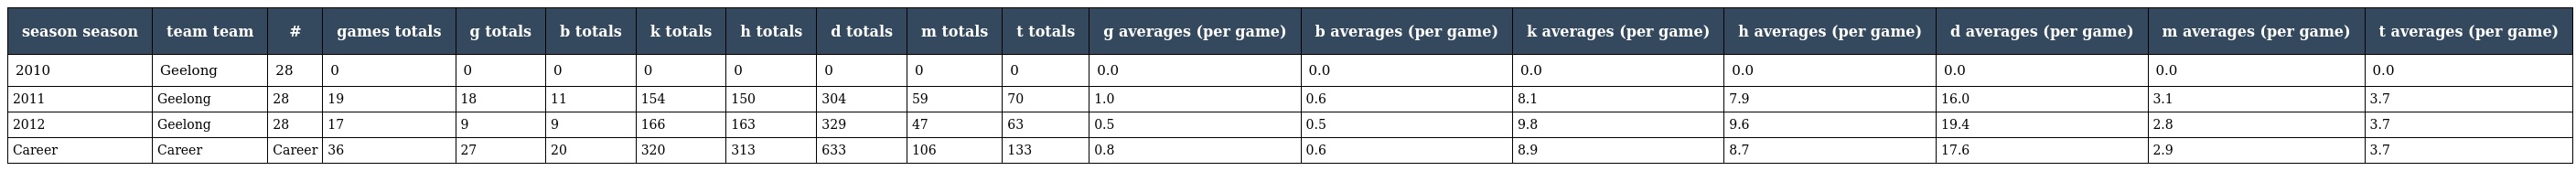
| season season | team team | # | games totals | g totals | b totals | k totals | h totals | d totals | m totals | t totals | g averages (per game) | b averages (per game) | k averages (per game) | h averages (per game) | d averages (per game) | m averages (per game) | t averages (per game) |
 | --- | --- | --- | --- | --- | --- | --- | --- | --- | --- | --- | --- | --- | --- | --- | --- | --- | --- |
 | 2010 | Geelong | 28 | 0 | 0 | 0 | 0 | 0 | 0 | 0 | 0 | 0.0 | 0.0 | 0.0 | 0.0 | 0.0 | 0.0 | 0.0 |
 | 2011 | Geelong | 28 | 19 | 18 | 11 | 154 | 150 | 304 | 59 | 70 | 1.0 | 0.6 | 8.1 | 7.9 | 16.0 | 3.1 | 3.7 |
 | 2012 | Geelong | 28 | 17 | 9 | 9 | 166 | 163 | 329 | 47 | 63 | 0.5 | 0.5 | 9.8 | 9.6 | 19.4 | 2.8 | 3.7 |
 | Career | Career | Career | 36 | 27 | 20 | 320 | 313 | 633 | 106 | 133 | 0.8 | 0.6 | 8.9 | 8.7 | 17.6 | 2.9 | 3.7 |